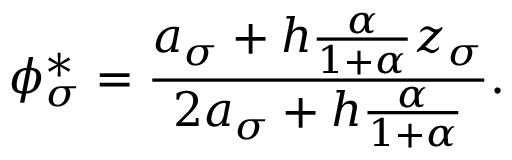
\phi _ { \sigma } ^ { * } = \frac { a _ { \sigma } + h \frac { \alpha } { 1 + \alpha } z _ { \sigma } } { 2 a _ { \sigma } + h \frac { \alpha } { 1 + \alpha } } .